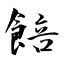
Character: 餢